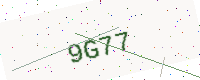
Text: 9G77